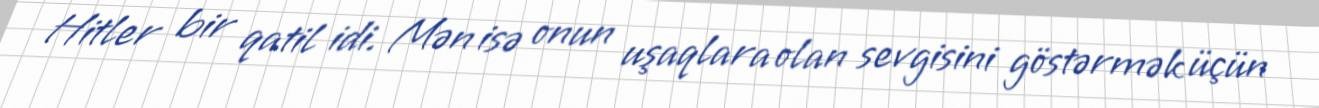
Hitler bir qatil idi. Mən isə onun uşaqlara olan sevgisini göstərmək üçün